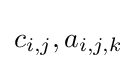
c_{i,j},a_{i,j,k}